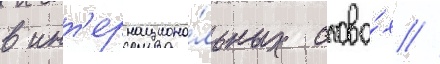
в инт'ернациона́льных слова́х //